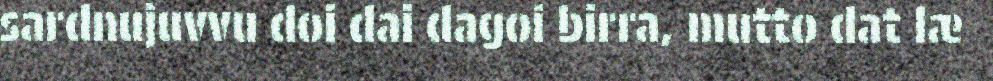
sardnujuvvu doi dai dagoi birra, mutto dat læ